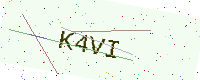
Text: K4VI